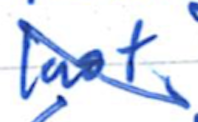
Text: last
Cross-out: diagonal
Writing tool: ballpoint